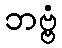
ဘဗ္ဗံ